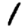
Digit: 1